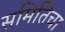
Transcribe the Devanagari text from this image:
समितिचा